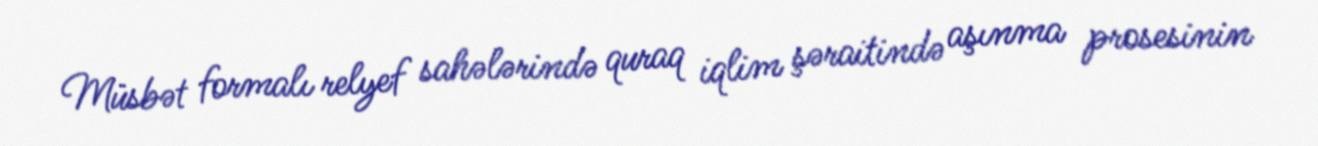
Müsbət formalı relyef sahələrində quraq iqlim şəraitində aşınma prosesinin